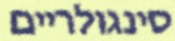
סינגולריים